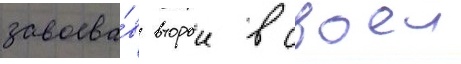
завоева́в второи в своеи